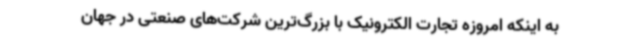
به اینکه امروزه تجارت الکترونیک با بزرگ‌ترین شرکت‌های صنعتی در جهان